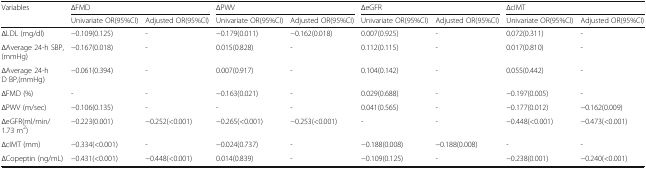
<table><thead><tr><td rowspan="2"><b>Variables</b></td><td colspan="2"><b>ΔFMD</b></td><td colspan="2"><b>ΔPWV</b></td><td colspan="2"><b>ΔeGFR</b></td><td colspan="2"><b>ΔcIMT</b></td></tr><tr><td><b>Univariate OR(95%CI)</b></td><td><b>Adjusted OR(95%CI)</b></td><td><b>Univariate OR(95%CI)</b></td><td><b>Adjusted OR(95%CI)</b></td><td><b>Univariate OR(95%CI)</b></td><td><b>Adjusted OR(95%CI)</b></td><td><b>Univariate OR(95%CI)</b></td><td><b>Adjusted OR(95%CI)</b></td></tr></thead><tbody><tr><td>ΔLDL (mg/dl)</td><td>−0.109(0.125)</td><td>-</td><td>−0.179(0.011)</td><td>−0.162(0.018)</td><td>0.007(0.925)</td><td>-</td><td>0.072(0.311)</td><td>-</td></tr><tr><td>ΔAverage 24-h SBP, (mmHg)</td><td>−0.167(0.018)</td><td>-</td><td>0.015(0.828)</td><td>-</td><td>0.112(0.115)</td><td>-</td><td>0.017(0.810)</td><td>-</td></tr><tr><td>ΔAverage 24-h D BP,(mmHg)</td><td>−0.061(0.394)</td><td>-</td><td>0.007(0.917)</td><td>-</td><td>0.104(0.142)</td><td>-</td><td>0.055(0.442)</td><td>-</td></tr><tr><td>ΔFMD (%)</td><td>-</td><td>-</td><td>−0.163(0.021)</td><td>-</td><td>0.029(0.688)</td><td>-</td><td>−0.197(0.005)</td><td>-</td></tr><tr><td>ΔPWV (m/sec)</td><td>−0.106(0.135)</td><td>-</td><td>-</td><td>-</td><td>0.041(0.565)</td><td>-</td><td>−0.177(0.012)</td><td>−0.162(0.009)</td></tr><tr><td>ΔeGFR(ml/min/1.73 m<sup>2</sup>)</td><td>−0.223(0.001)</td><td>−0.252(&lt;0.001)</td><td>−0.265(&lt;0.001)</td><td>−0.253(&lt;0.001)</td><td>-</td><td>-</td><td>−0.448(&lt;0.001)</td><td>−0.473(&lt;0.001)</td></tr><tr><td>ΔcIMT (mm)</td><td>−0.334(&lt;0.001)</td><td>-</td><td>−0.024(0.737)</td><td>-</td><td>−0.188(0.008)</td><td>−0.188(0.008)</td><td>-</td><td>-</td></tr><tr><td>ΔCopeptin (ng/mL)</td><td>−0.431(&lt;0.001)</td><td>−0.448(&lt;0.001)</td><td>0.014(0.839)</td><td>-</td><td>−0.109(0.125)</td><td>-</td><td>−0.238(0.001)</td><td>−0.240(&lt;0.001)</td></tr></tbody></table>